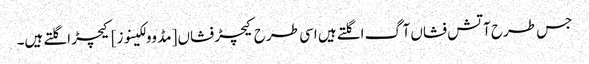
جس طرح آتش فشاں آگ اگلتے ہیں اسی طرح کیچڑ فشاں [مڈ وولکینوز] کیچڑ اگلتے ہیں۔